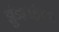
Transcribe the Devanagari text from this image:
झुंडशाहीच्या